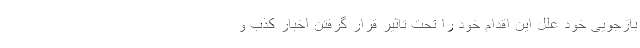
بازجویی خود علل این اقدام خود را تحت تاثیر قرار گرفتن اخبار کذب و